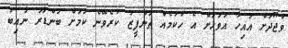
ވުޖޫދަށް އައިހާ އަވަހަށް އެ ހުކުމެއް ތަންފީޒު ކުރެވޭނެ ކަމަށް ބަންޑާރަ ނާއިބު